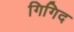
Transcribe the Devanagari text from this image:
गिगिद